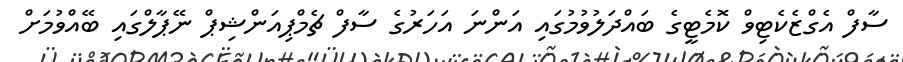
ސާފް އެގްޒެކެޓިވް ކޮމެޓީގެ ބައްދަލުވުމުގައި އަންނަ އަހަރުގެ ސާފް ޗެމްޕިއަންޝިޕް ނޭޕާލްގައި ބޭއްވުމަށް